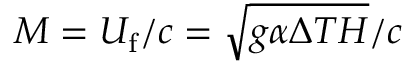
M = U _ { \mathrm { { f } } } / c = \sqrt { g \alpha \Delta T H } / c